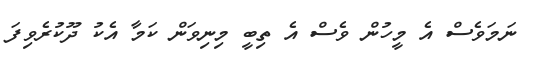
ނަމަވެސް އެ މީހުން ވެސް އެ ތިބީ މިނިވަން ކަމާ އެކު ދޫކުރެވިފަ